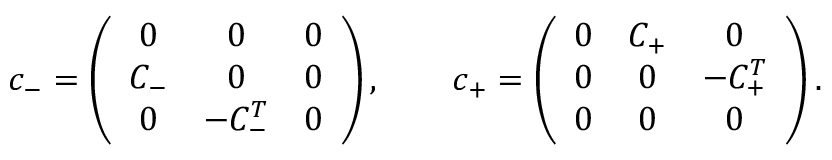
c _ { - } = \left( \begin{array} { c c c } { { 0 } } & { { 0 } } & { { 0 } } \\ { { C _ { - } } } & { { 0 } } & { { 0 } } \\ { { 0 } } & { { - C _ { - } ^ { T } } } & { { 0 } } \end{array} \right) , \qquad c _ { + } = \left( \begin{array} { c c c } { { 0 } } & { { C _ { + } } } & { { 0 } } \\ { { 0 } } & { { 0 } } & { { - C _ { + } ^ { T } } } \\ { { 0 } } & { { 0 } } & { { 0 } } \end{array} \right) .